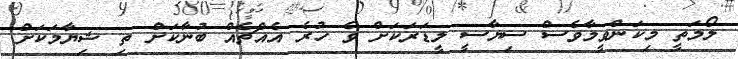
ލޯމަތީ މިކަންވީމާވެސް ސިޔާސީ ލީޑަރަކަށް ވެ ހުރެ އެއްޗެއް ބުނާކަށް ތި ޝިޔާމަކަށް